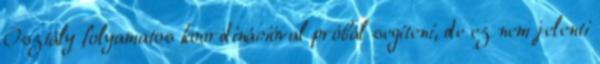
Osztály folyamatos koordinációval próbál segíteni, de ez nem jelenti